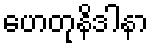
ဟေတုနိဒါနာ